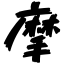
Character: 摩